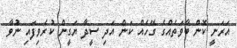
އަރަނީ ކޮން ބާވަތެއްގެ ގޭހެއް ކަން އަދި ސީދާ ޔަގީން ކުރެވިފައި ނުވާ